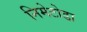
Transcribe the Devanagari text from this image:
निमेटोडा